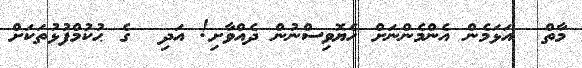
މާތް  އަޅަމެން އެންމެންނަށް ހެޔޮވިސްނުން ދެއްވާށި! އަދި  ގެ ޙުކުމްފުޅުތަކަށް